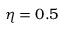
\eta = 0 . 5